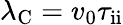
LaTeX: \lambda_{\mathrm{C}}=v_{0}\tau_{\mathrm{ii}}